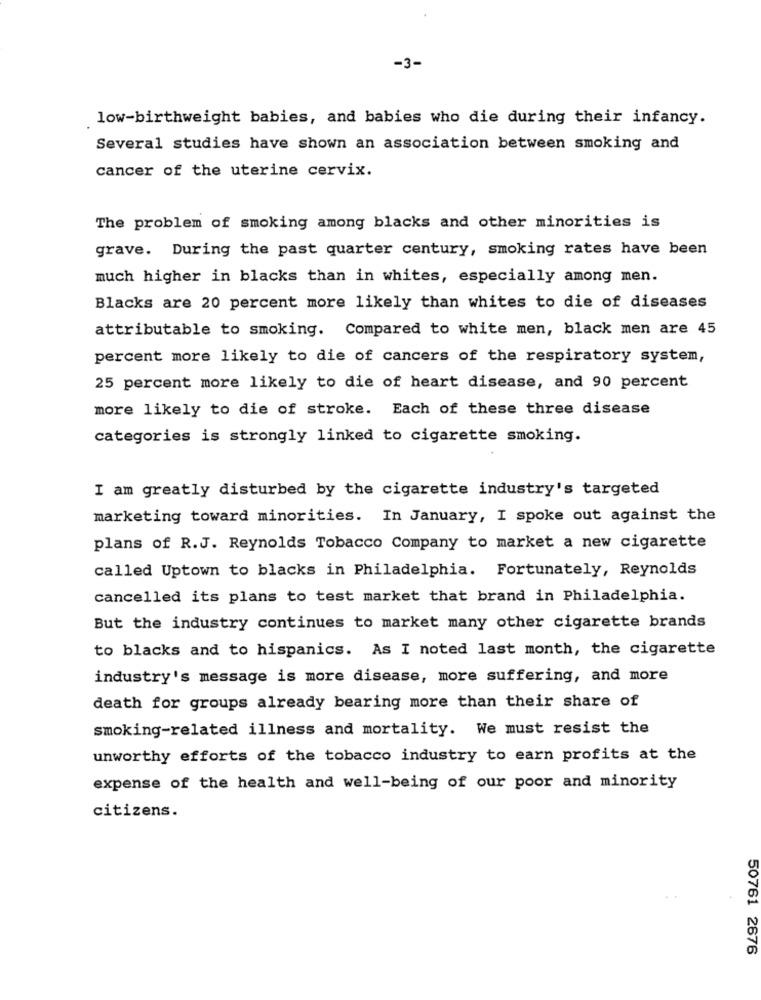
-3-
low-birthweight babies, and babies who die during their infancy.
Several studies have shown an association between smoking and
cancer of the uterine cervix.
The problem of smoking among blacks and other minorities is
grave. During the past quarter century, smoking rates have been
much higher in blacks than in whites, especially among men.
Blacks are 20 percent more likely than whites to die of diseases
attributable to smoking. Compared to white men, black men are 45
percent more likely to die of cancers of the respiratory system,
25 percent more likely to die of heart disease, and 90 percent
more likely to die of stroke. Each of these three disease
categories is strongly linked to cigarette smoking.
I am greatly disturbed by the cigarette industry's targeted
marketing toward minorities. In January, I spoke out against the
plans of R.J. Reynolds Tobacco Company to market a new cigarette
called Uptown to blacks in Philadelphia. Fortunately, Reynolds
cancelled its plans to test market that brand in Philadelphia.
But the industry continues to market many other cigarette brands
to blacks and to hispanics. As I noted last month, the cigarette
industry's message is more disease, more suffering, and more
death for groups already bearing more than their share of
smoking-related illness and mortality. We must resist the
unworthy efforts of the tobacco industry to earn profits at the
expense of the health and well-being of our poor and minority
citizens.
50761 2676